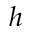
h